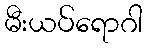
မီးယပ်ရောဂါ